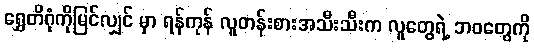
ရွှေတိဂုံကိုမြင်လျှင် မှာ ရန်ကုန် လူတန်းစားအသီးသီးက လူတွေရဲ့ ဘဝတွေကို